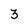
Character: 3